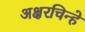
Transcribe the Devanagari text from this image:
अक्षरचिन्हे